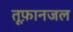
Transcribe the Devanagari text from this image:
तूफ़ानजल